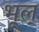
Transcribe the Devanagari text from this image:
भूल्